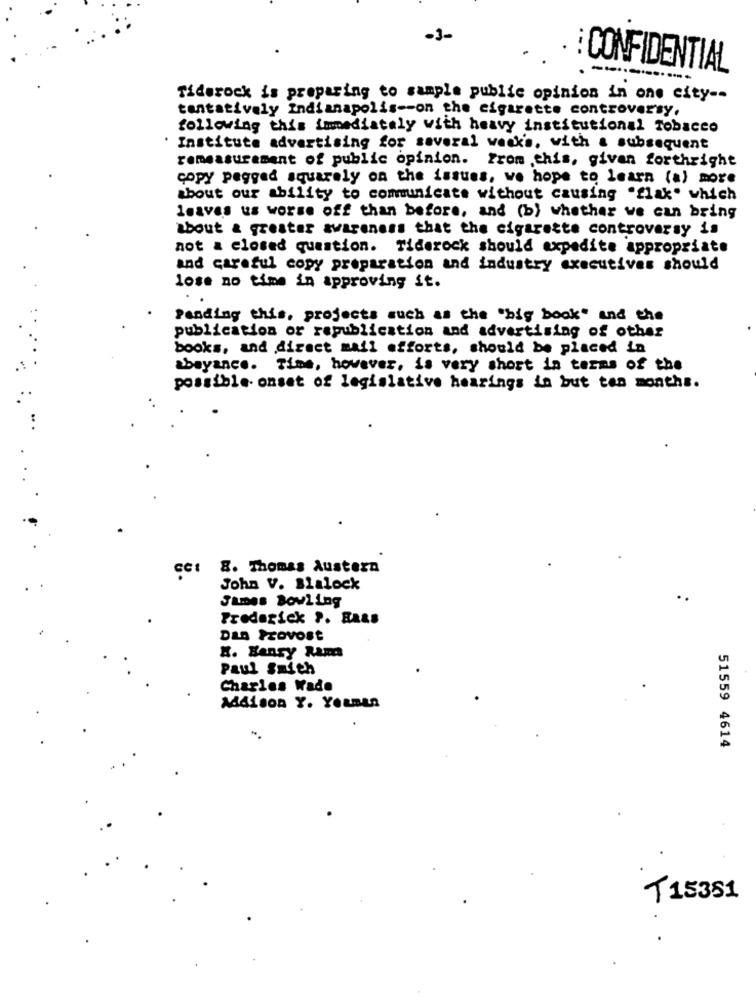
-3-
CONFIDENTIAL
Tiderock is preparing to sample public opinion in one city --
tentatively Indianapolis -- on the cigarette controversy,
following this immediately with heavy institutional Tobacco
Institute advertising for several weak's, with a subsequent
remeasurement of public opinion. From ,this, given forthright
copy pegged squarely on the issues, we hope to learn (a) more
about our ability to communicate without causing "flak" which
leaves us worse off than before, and (b) whether we can bring
about a greater awareness that the cigarette controversy is
not a closed question. Tiderock should expedite appropriate
and careful copy preparation and industry executives should
lose no time in approving it.
Pending this, projects such as the "big book" and the
publication or republication and advertising of other
books, and direct mail efforts, should be placed in
abeyance. Time, however, is very short in terms of the
possible- onset of legislative hearings in but ten months.
8. Thomas Austern
John V. Blalock
James Bowling
Frederick ?. BARS
DLA Provost
H. Hansy Ram
Paul Smith
Charles Wade
Addison Y. Youman
51559 4614
T15351